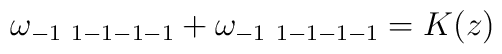
\omega_{-1\ 1-1-1-1}+\omega_{-1\ 1-1-1-1}=K(z)